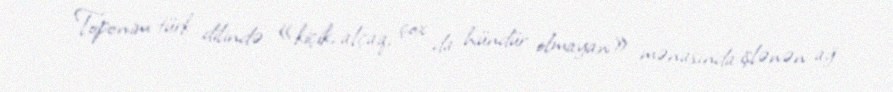
Toponim türk dilində «kiçik, alçaq, çox da hündür olmayan» mənasında işlənən ağ